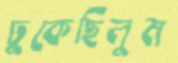
ঢুকেছিলুম